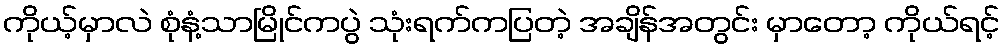
ကိုယ့်မှာလဲ စုံနံ့သာမြိုင်ကပွဲ သုံးရက်ကပြတဲ့ အချိန်အတွင်း မှာတော့ ကိုယ်ရင့်